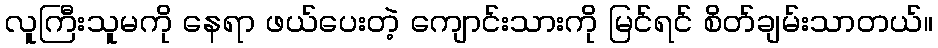
လူကြီးသူမကို နေရာ ဖယ်ပေးတဲ့ ကျောင်းသားကို မြင်ရင် စိတ်ချမ်းသာတယ်။